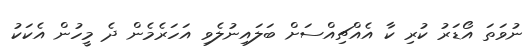
ނުވަތަ އޯޑަރު ކުރި ކާ އެއްޗިއްސަށް ބަލައިނުލެވި އަހަރެމެން ދެ މީހުން އެކަކު